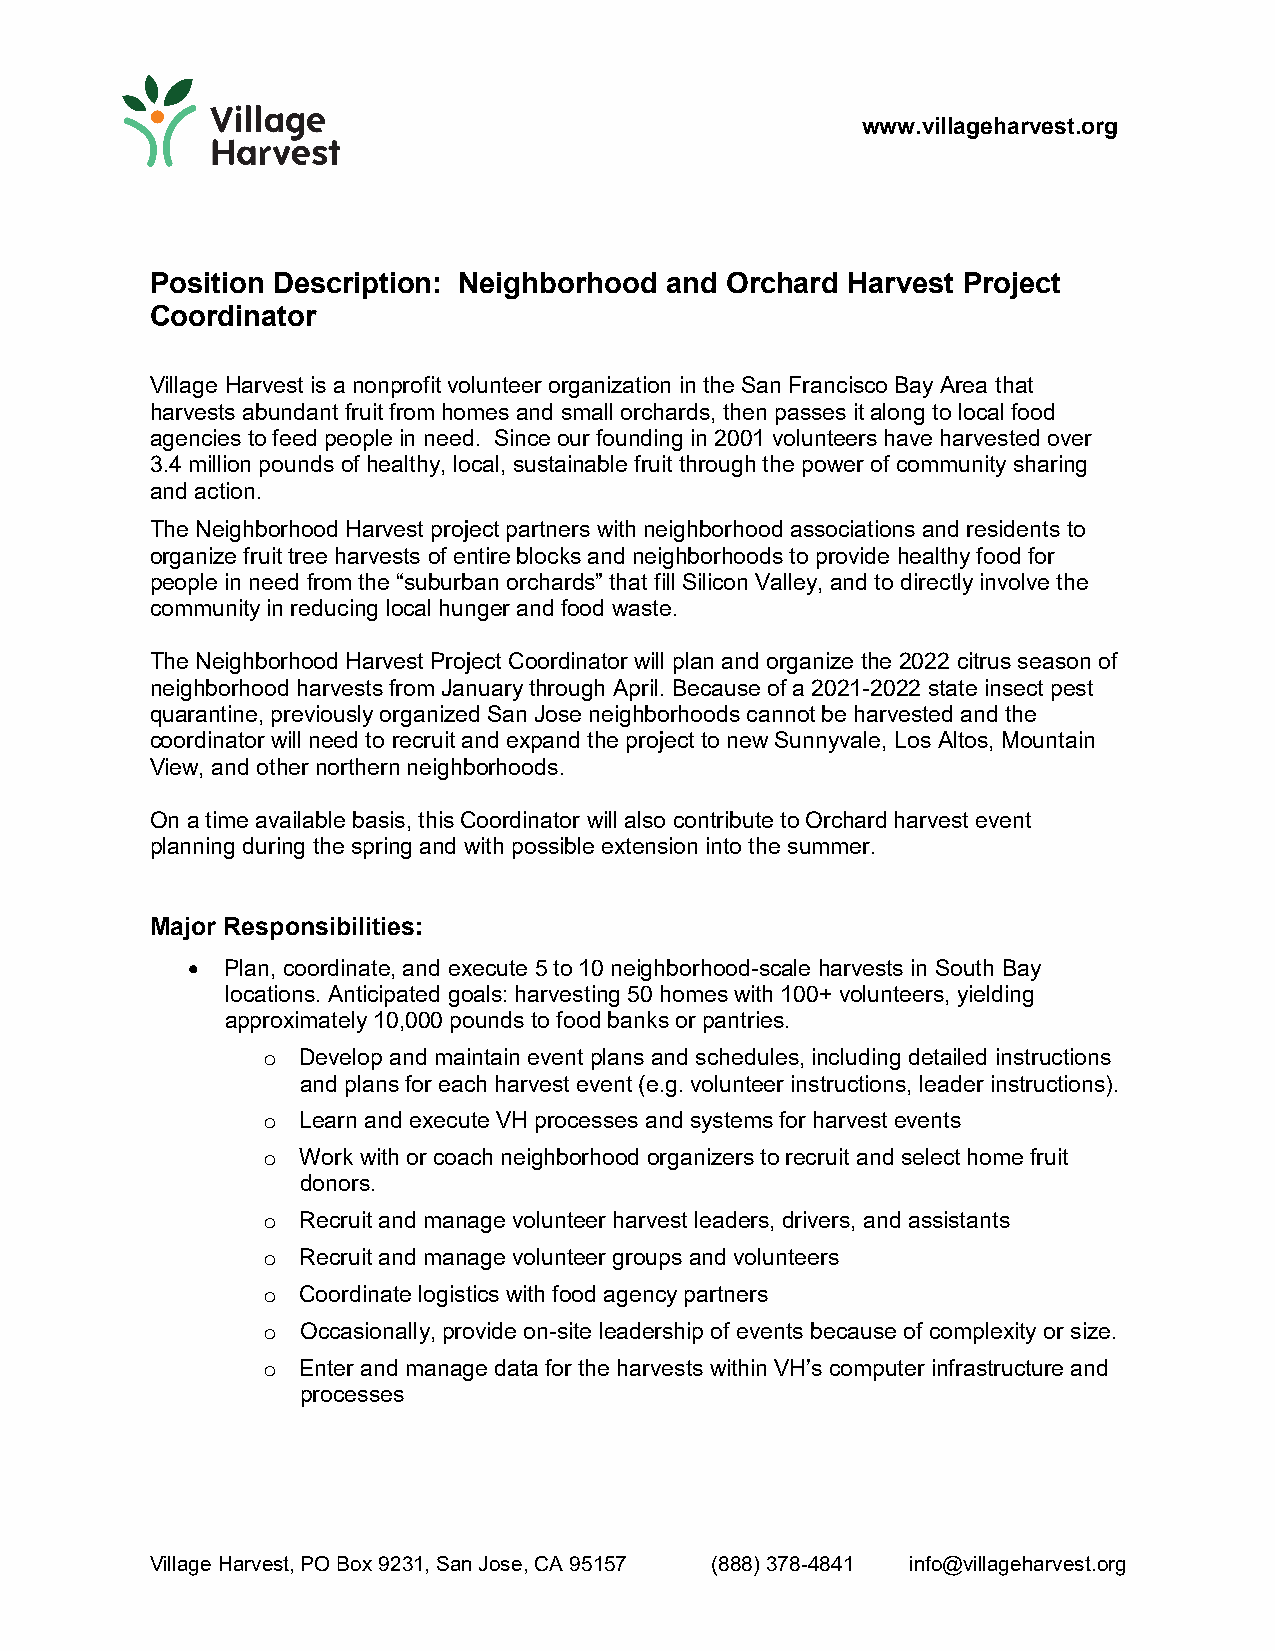
www.villageharvest.org
 Position Description: Neighborhood and Orchard Harvest Project
 Coordinator
 Village Harvest is a nonprofit volunteer organization in the San Francisco Bay Area that
 harvests abundant fruit from homes and small orchards, then passes it along to local food
 agencies to feed people in need. Since our founding in 2001 volunteers have harvested over
 3.4 million pounds of healthy, local, sustainable fruit through the power of community sharing
 and action.
 The Neighborhood Harvest project partners with neighborhood associations and residents to
 organize fruit tree harvests of entire blocks and neighborhoods to provide healthy food for
 people in need from the “suburban orchards” that fill Silicon Valley, and to directly involve the
 community in reducing local hunger and food waste.
 The Neighborhood Harvest Project Coordinator will plan and organize the 2022 citrus season of
 neighborhood harvests from January through April. Because of a 2021-2022 state insect pest
 quarantine, previously organized San Jose neighborhoods cannot be harvested and the
 coordinator will need to recruit and expand the project to new Sunnyvale, Los Altos, Mountain
 View, and other northern neighborhoods.
 On a time available basis, this Coordinator will also contribute to Orchard harvest event
 planning during the spring and with possible extension into the summer.
 Major Responsibilities:
   Plan, coordinate, and execute 5 to 10 neighborhood-scale harvests in South Bay
 locations. Anticipated goals: harvesting 50 homes with 100+ volunteers, yielding
 approximately 10,000 pounds to food banks or pantries.
 o  Develop and maintain event plans and schedules, including detailed instructions
 and plans for each harvest event (e.g. volunteer instructions, leader instructions).
 o  Learn and execute VH processes and systems for harvest events
 o  Work with or coach neighborhood organizers to recruit and select home fruit
 donors.
 o  Recruit and manage volunteer harvest leaders, drivers, and assistants
 o  Recruit and manage volunteer groups and volunteers
 o  Coordinate logistics with food agency partners
 o  Occasionally, provide on-site leadership of events because of complexity or size.
 o  Enter and manage data for the harvests within VH’s computer infrastructure and
 processes
 Village Harvest, PO Box 9231, San Jose, CA 95157 (888) 378-4841 info@villageharvest.org